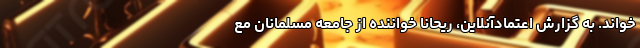
خواند. به گزارش اعتمادآنلاین، ریحانا خواننده از جامعه مسلمانان مع